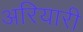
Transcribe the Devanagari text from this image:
अरियारी